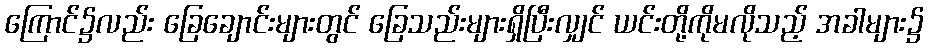
ကြောင်၌လည်း ခြေချောင်းများတွင် ခြေသည်းများရှိပြီးလျှင် ယင်းတို့ကိုမလိုသည့် အခါများ၌